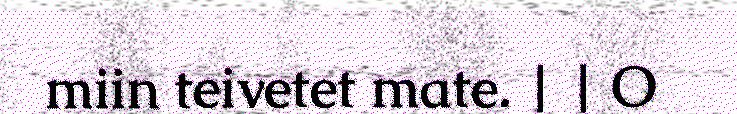
miin teivetet mate. | | O